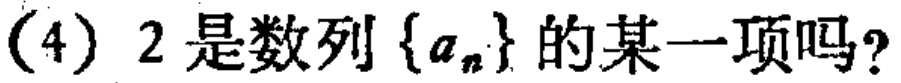
(4) \(2\)是数列\(\{a_{n}\}\)的某一项吗？